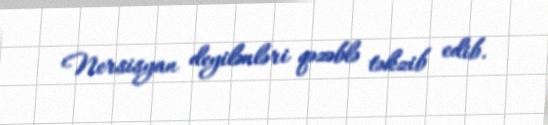
Nersisyan deyilənləri qəzəblə təkzib edib.